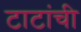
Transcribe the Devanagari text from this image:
टाटांची